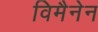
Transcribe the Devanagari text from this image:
विमैनेन